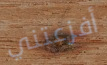
أفزعتني